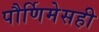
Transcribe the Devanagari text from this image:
पौर्णिमेसही